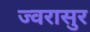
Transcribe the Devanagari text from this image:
ज्वरासुर